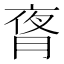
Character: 𬂃